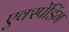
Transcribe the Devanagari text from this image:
एक्स्पेंडिंग